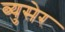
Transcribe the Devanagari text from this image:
ब्युसेर